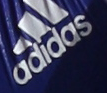
adidas